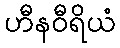
ဟီနဝီရိယံ